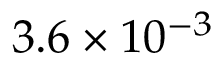
3 . 6 \times 1 0 ^ { - 3 }